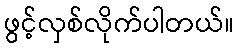
ဖွင့်လှစ်လိုက်ပါတယ်။